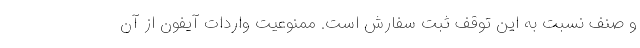
و صنف نسبت به این توقف ثبت سفارش است. ممنوعیت واردات آیفون از آن